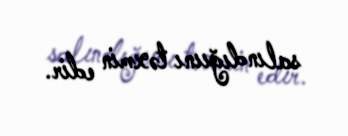
salındığıını təxmin edir.